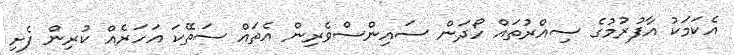
އެކަމަކު އާފުރުމުގެ ސިއްރުތައް ހޯދަން ސައިންސްވެރިން އެތައް ސަތޭކަ އަހަރެއް ކުރިން ފެށި